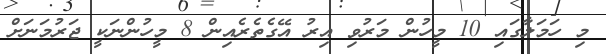
މި ހަމަލާގައި 10 މީހުން މަރުވި އިރު އޭގެތެރެއިން 8 މީހުންނަކީ ޖަރުމަނަށް